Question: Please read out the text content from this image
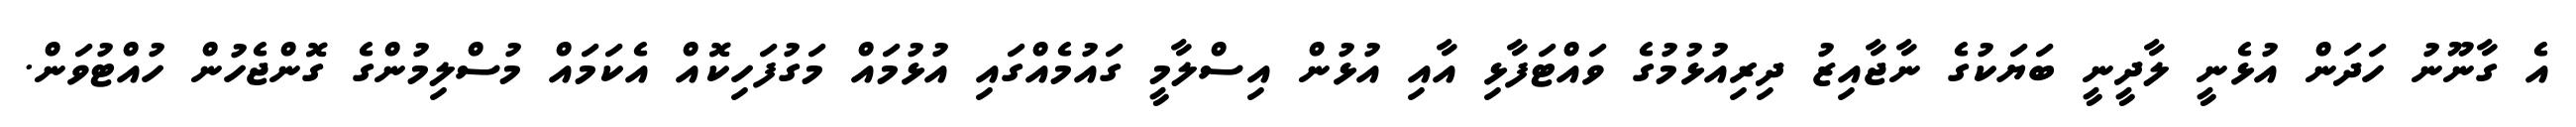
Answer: އެ ގާނޫނު ހަދަން އުޅެނީ ލާދީނީ ބަޔަކުގެ ނާޖާއިޒު ދިރިއުޅުމުގެ ވައްޓަފާޅި އާއި އުޅުން އިސްލާމީ ގައުމެއްގައި އުޅުމައް މަގުފަހިކޮއް އެކަމައް މުސްލިމުންގެ ގޮންޖެހުން ހުއްޓުވަން.